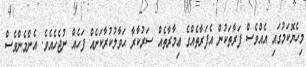
މިހެޔޮކަމުގައި އެއްވެސް ފަރާތަކުން އެފަރާތެއްގެ ޢިމާރާތެއް ސަރުކާރާ ޙަވާލުކުރާކަށެއް ފަހެއް ނުޖެހެއެވެ. އެންމެންވެސް